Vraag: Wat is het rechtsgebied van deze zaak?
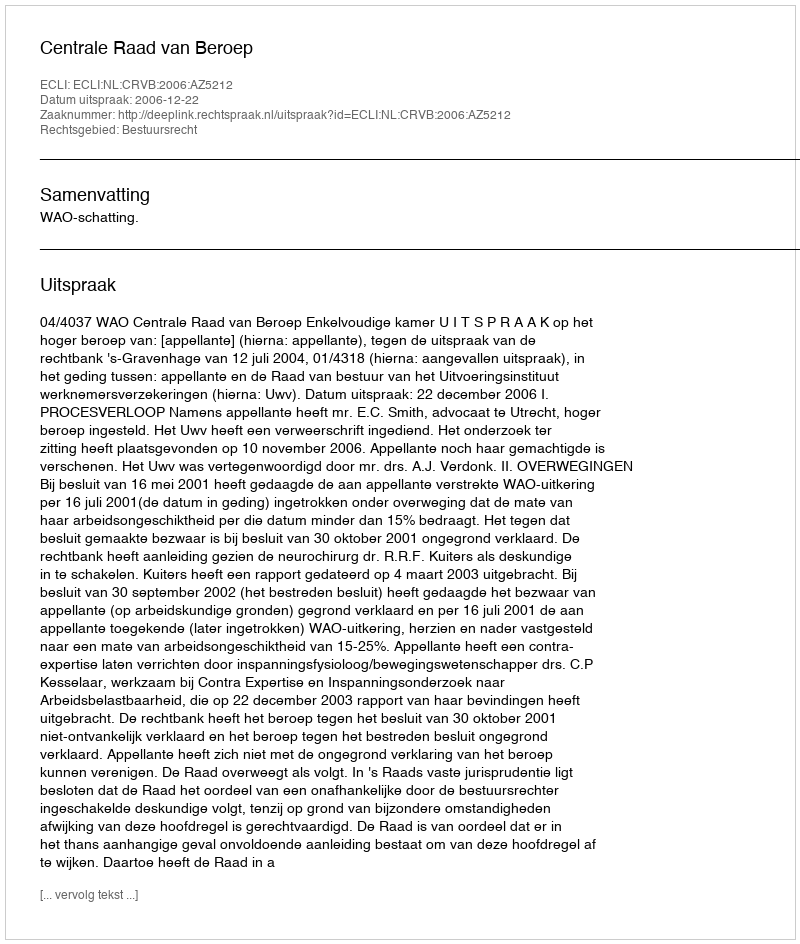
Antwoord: Bestuursrecht